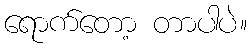
ရောက်တော့ တာပါပဲ။